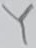
Text: Y